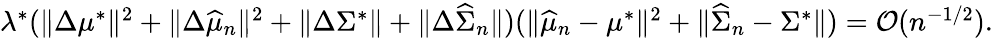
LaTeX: \begin{array}{r}{\lambda^{*}(\| \Delta\mu^{*}\| ^{2}+\| \Delta\widehat{\mu}_{n}\| ^{2}+\| \Delta\Sigma^{*}\| +\| \Delta\widehat{\Sigma}_{n}\| )(\| \widehat{\mu}_{n}-\mu^{*}\| ^{2}+\| \widehat{\Sigma}_{n}-\Sigma^{*}\| )=\mathcal{O}(n^{-1/2}).}\end{array}